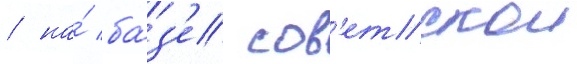
/ на́ ба́з'е сов'етскои